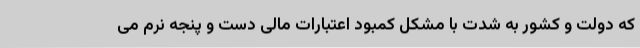
که دولت و کشور به شدت با مشکل کمبود اعتبارات مالی دست و پنجه نرم می